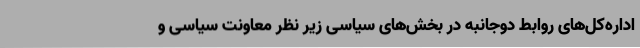
اداره‌کل‌های روابط دوجانبه در بخش‌های سیاسی زیر نظر معاونت سیاسی و